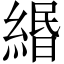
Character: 緡